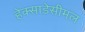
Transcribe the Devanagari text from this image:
हेक्साडेसीमल